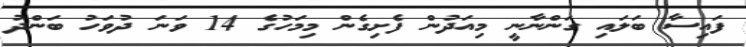
ފައިސާ ބަލައި ގަންނާނީ މިއަދުން ފެށިގެން މިމަހުގެ 14 ވަނަ ދުވަހު ބަންދު